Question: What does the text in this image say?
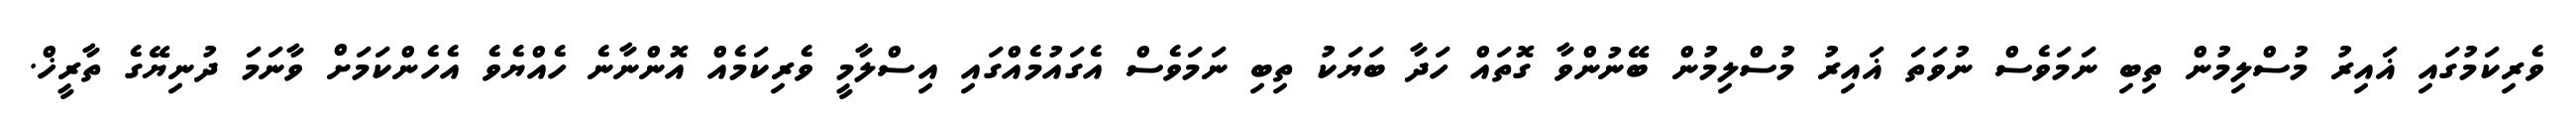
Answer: ވެރިކަމުގައި ޣައިރު މުސްލިމުން ތިބި ނަމަވެސް ނުވަތަ ޣައިރު މުސްލިމުން ބޭނުންވާ ގޮތައް ހަދާ ބަޔަކު ތިބި ނަމަވެސް އެގައުމެއްގައި އިސްލާމީ ވެރިކަމެއް އޮންނާނެ ހެއްޔެވެ އެހެންކަމަށް ވާނަމަ ދުނިޔޭގެ ތާރީޚް.